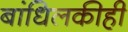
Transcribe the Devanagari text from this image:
बांधिलकीही